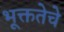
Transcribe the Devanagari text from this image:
भूक्ततेचे